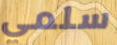
سلمي